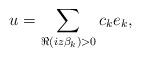
LaTeX: \begin{align*} u = \sum_{\Re(i z \beta_k) > 0} c_k e_k,\end{align*}